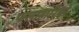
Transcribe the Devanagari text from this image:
फलाहारियों